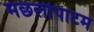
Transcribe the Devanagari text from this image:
मछलीपाटम